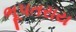
ભૂપતરાય